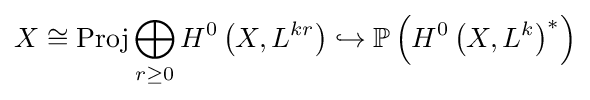
X\cong \operatorname {Proj} \bigoplus _{r\geq 0}H^{0}\left(X,L^{kr}\right)\hookrightarrow \mathbb {P} \left(H^{0}\left(X,L^{k}\right)^{*}\right)